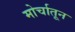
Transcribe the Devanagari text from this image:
मोर्चातून